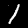
Label: 1